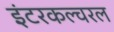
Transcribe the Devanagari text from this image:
इंटरकल्चरल